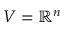
V = \mathbb { R } ^ { n }